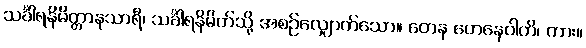
သင်္ခါရနိမိတ္တာနုသာရီ၊ သင်္ခါရနိမိတ်သို့ အစဉ်လျှောက်သော။ တေန တေနေဝါတိ၊ ကား။